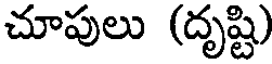
చూపులు (దృష్టి)